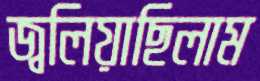
জ্বলিয়াছিলাম